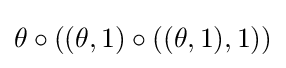
\theta \circ ((\theta ,1)\circ ((\theta ,1),1))